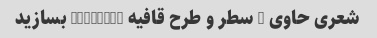
شعری حاوی 8 سطر و طرح قافیه AABBCCDD بسازید